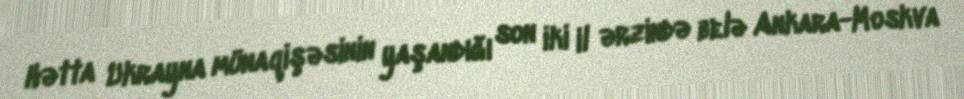
Hətta Ukrayna münaqişəsinin yaşandığı son iki il ərzində belə Ankara-Moskva